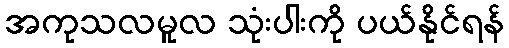
အကုသလမူလ သုံးပါးကို ပယ်နိုင်ရန်